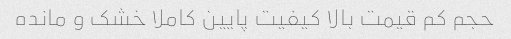
حجم کم قیمت بالا کیفیت پایین کاملا خشک و مانده